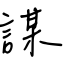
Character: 謀